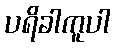
ပရိခါကူပါ